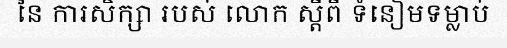
នៃ ការសិក្សា របស់ លោក ស្តីពី ទំនៀមទម្លាប់